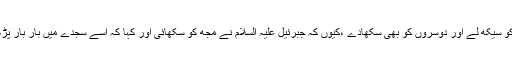
اس کو سیکھ لے اور دوسروں کو بھی سکھادے ،کیوں کہ جبرئیل علیہ السلام نے مجھ کو سکھائی اور کہا کہ اسے سجدے میں بار بار پڑھوں۔